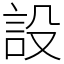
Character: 設